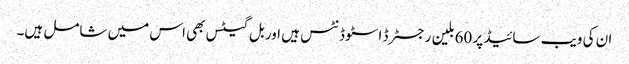
ان کی ویب سائیڈ پر 60بلین رجسٹرڈ اسٹوڈنٹس ہیں اور بل گیٹس بھی اس میں شامل ہیں۔